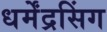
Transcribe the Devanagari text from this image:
धर्मेंद्रसिंग